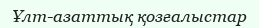
Ұлт-азаттық қозғалыстар